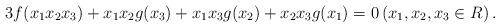
LaTeX: \begin{align*} 3f(x_{1}x_{2}x_{3})+x_{1}x_{2}g(x_{3})+x_{1}x_{3}g(x_{2})+x_{2}x_{3}g(x_{1})=0 \left(x_{1}, x_{2}, x_{3}\in R\right). \end{align*}